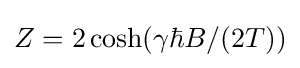
Z=2\cosh(\gamma \hbar B/(2T))